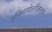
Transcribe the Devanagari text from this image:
इक्थियोलॉजिस्ट्स